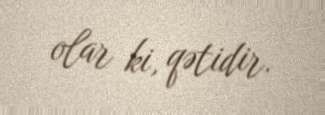
olar ki, qətidir.